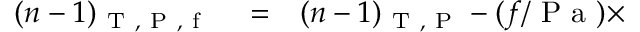
\begin{array} { r l r } { ( n - 1 ) _ { \mathrm { ~ T ~ , ~ P ~ , ~ f ~ } } } & { { } = } & { ( n - 1 ) _ { \mathrm { ~ T ~ , ~ P ~ } } - ( f / \mathrm { ~ P ~ a ~ } ) \times } \end{array}